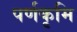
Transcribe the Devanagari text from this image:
पर्णकृमि